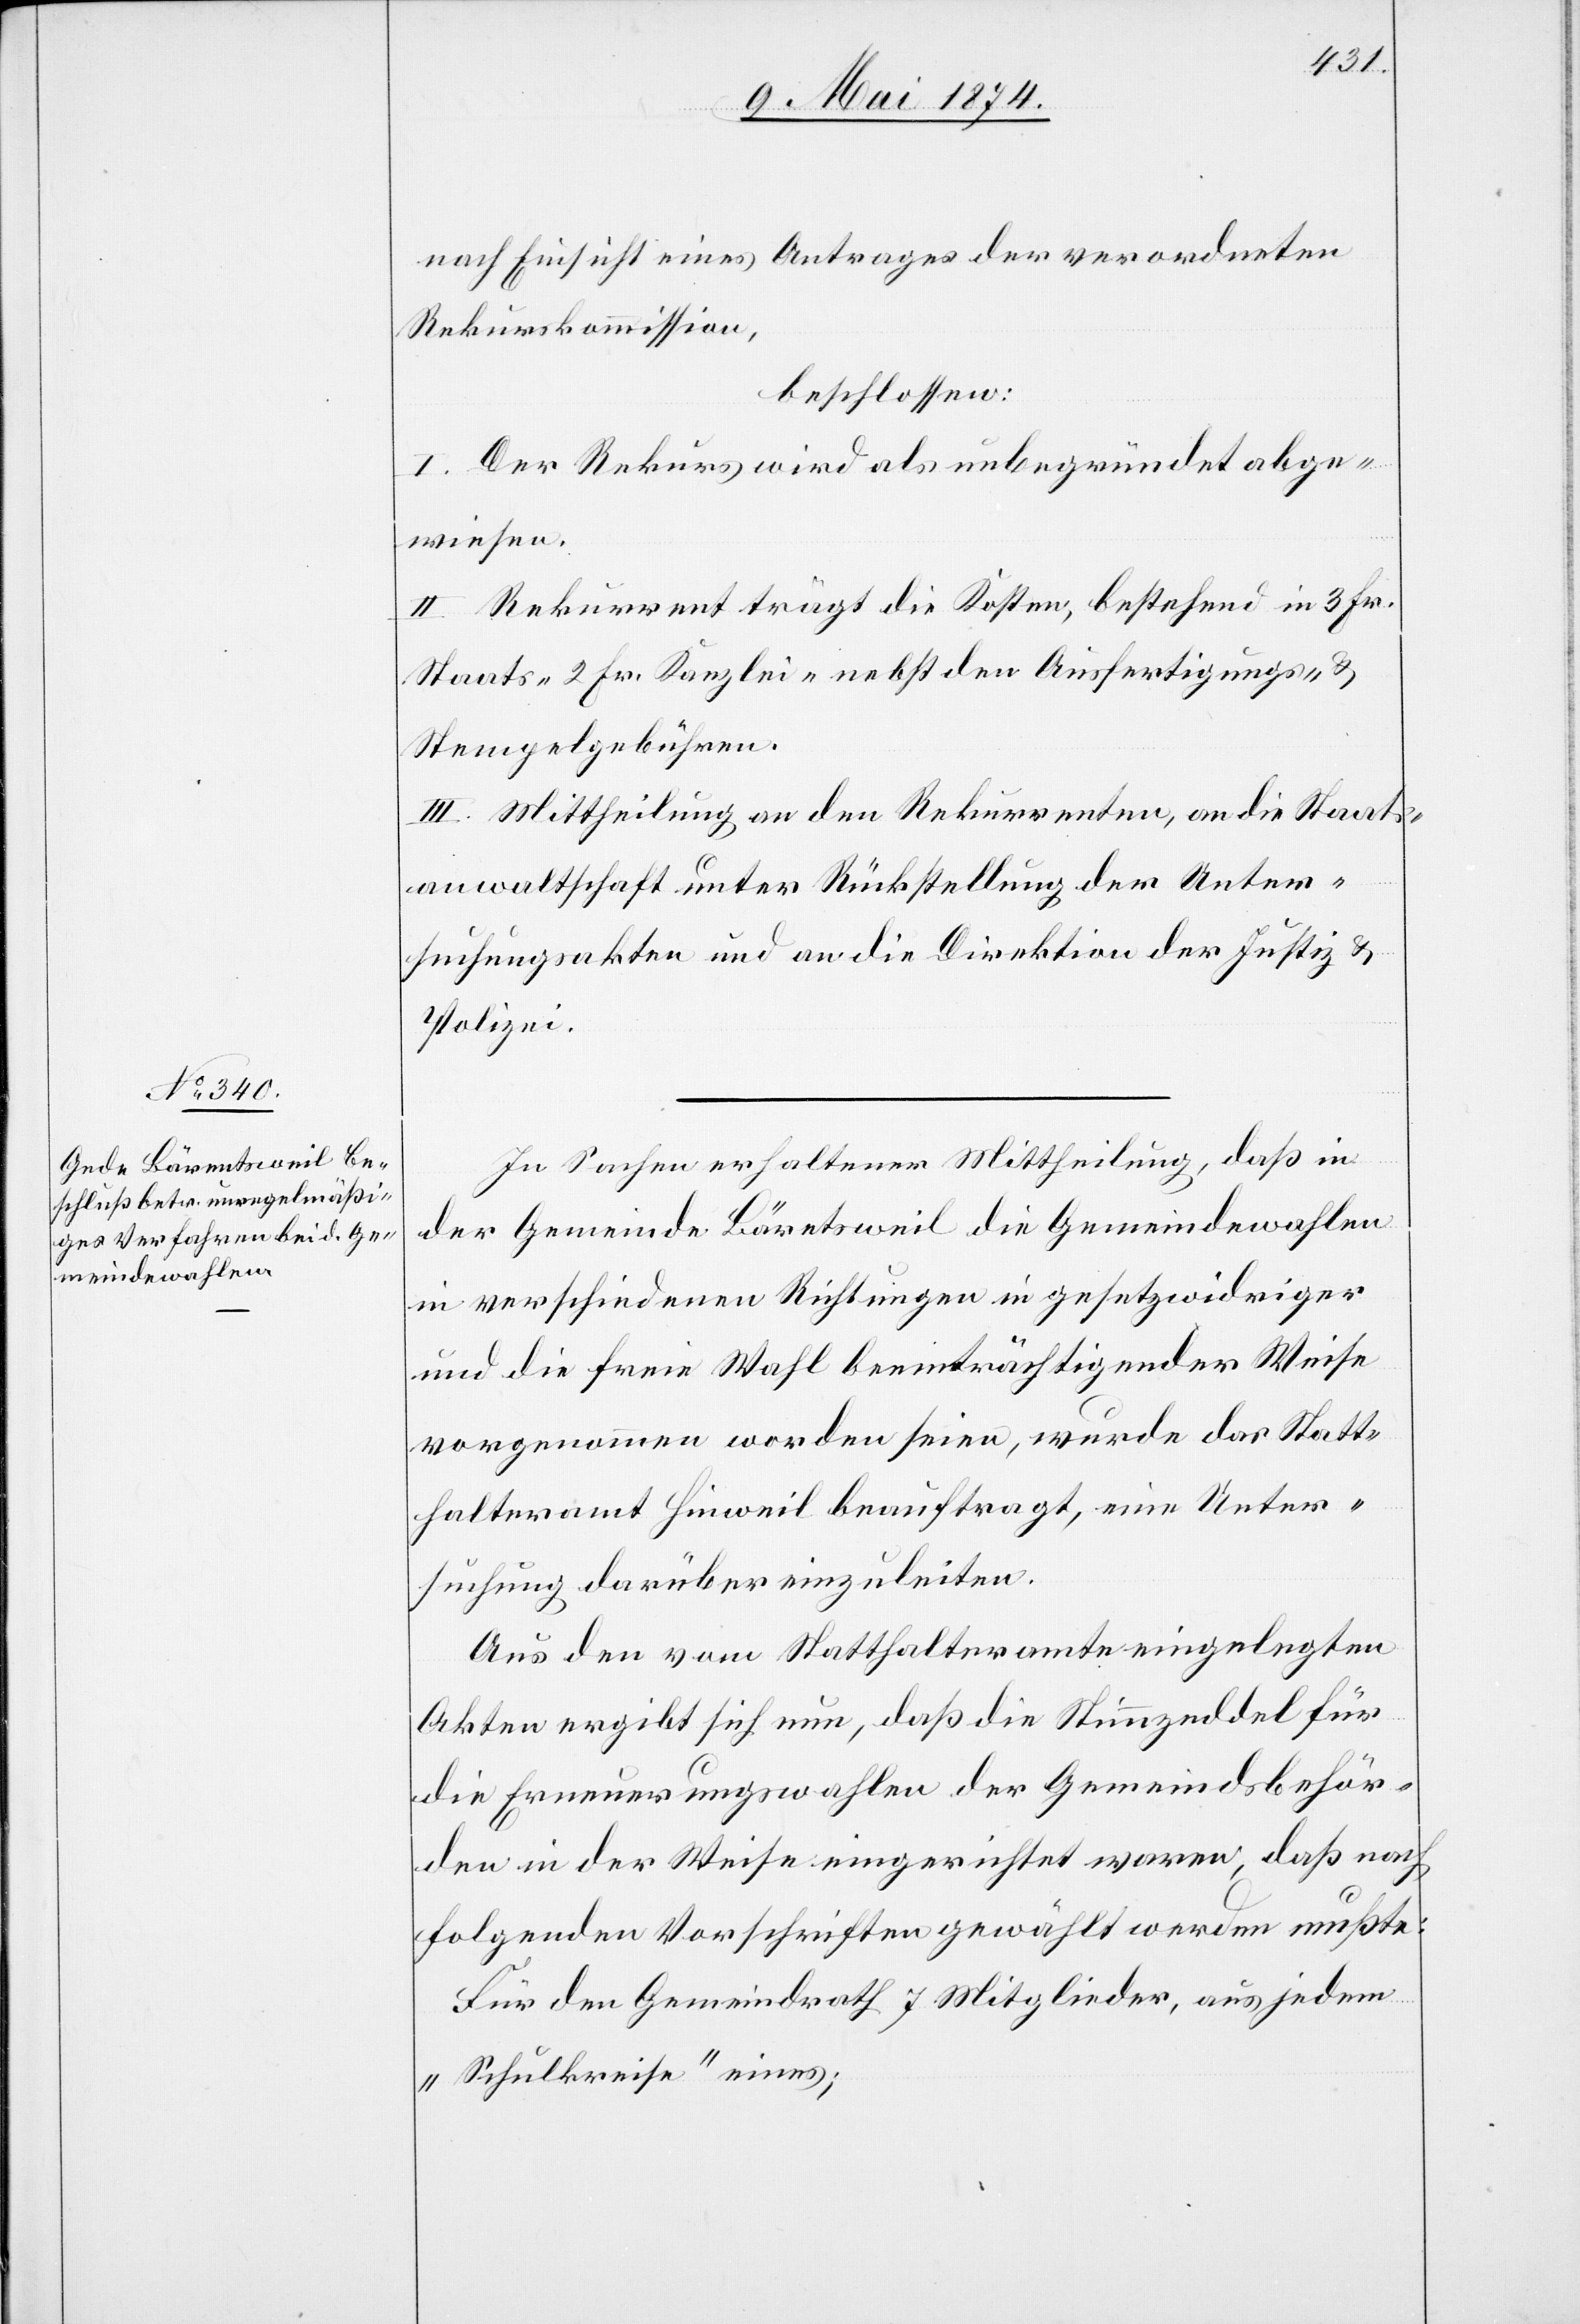
nach Einsicht eines Antrages der verordneten
Rekurskommission,
beschlossen:
I. Der Rekurs wird als unbegründet abge¬
wiesen.
II. Rekurrent trägt die Kosten, bestehend in 3 Fr.
Staats-[,] 2 Fr. Kanzlei- nebst den Ausfertigungs- u.
Stempelgebühren.
III. Mittheilung an den Rekurrenten, an die Staats¬
anwaltschaft unter Rückstellung der Unter¬
suchungsakten und an die Direktion der Justiz u.
Polizei.
In Sachen erhaltener Mittheilung, daß
der Gemeinde Bäretsweil [sic!] die Gemeindewahlen
in verschiedenen Richtungen in gesetzwidriger
und die freie Wahl beeinträchtigender Weise
vorgenommen worden seien, wurde das Statt¬
halteramt Hinweil beauftragt, eine Unter¬
suchung darüber einzuleiten.
Aus den vom Statthalteramte eingelegten
Akten ergibt sich nun, daß die Stimmzeddel für
die Erneuerungswahlen der Gemeindsbehör¬
den in der Weise eingerichtet waren, daß nach
folgenden Vorschriften gewählt werden muß:
Für den Gemeindrath 7 Mitglieder, aus jedem
„Schulkreise“ eines;